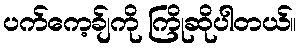
ပက်ကေ့ခ်ျကို ကြိုဆိုပါတယ်။